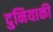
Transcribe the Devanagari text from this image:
दुनियाकी